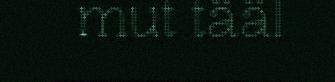
mut tääl